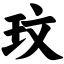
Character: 玟